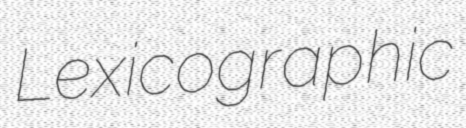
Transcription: Lexicographic